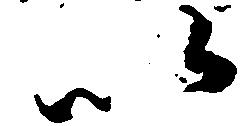
以